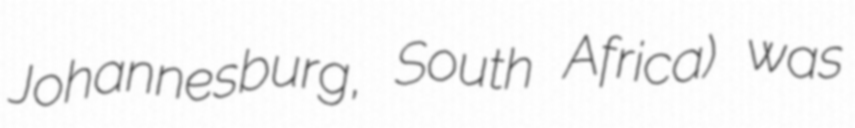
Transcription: Johannesburg, South Africa) was